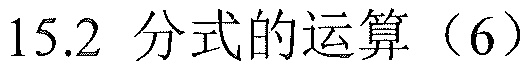
\(15.2\) 分式的运算（6）